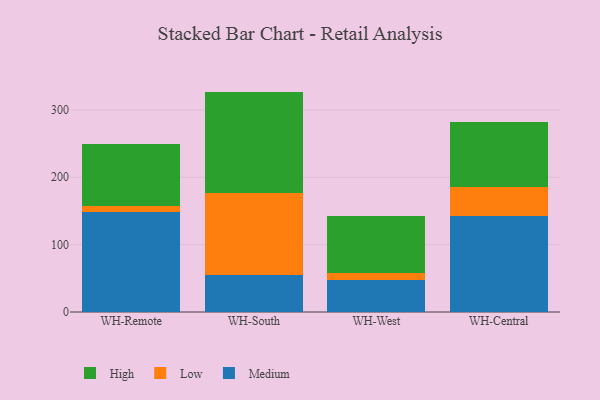
{"axis": {"x": "Warehouse", "y": "Conversion Rate (%)"}, "legend": ["High", "Low", "Medium"], "data": [{"x": "WH-Remote", "y": 147.8, "type": "Medium"}, {"x": "WH-Remote", "y": 9.0, "type": "Low"}, {"x": "WH-Remote", "y": 92.0, "type": "High"}, {"x": "WH-South", "y": 55.3, "type": "Medium"}, {"x": "WH-South", "y": 121.6, "type": "Low"}, {"x": "WH-South", "y": 150.3, "type": "High"}, {"x": "WH-West", "y": 47.8, "type": "Medium"}, {"x": "WH-West", "y": 10.7, "type": "Low"}, {"x": "WH-West", "y": 84.0, "type": "High"}, {"x": "WH-Central", "y": 142.7, "type": "Medium"}, {"x": "WH-Central", "y": 42.4, "type": "Low"}, {"x": "WH-Central", "y": 97.1, "type": "High"}]}